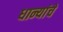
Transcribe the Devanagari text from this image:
धान्यांचे